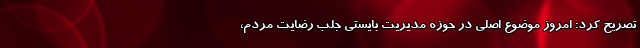
تصریح کرد: امروز ‌موضوع اصلی در حوزه مدیریت بایستی جلب رضایت مردم،